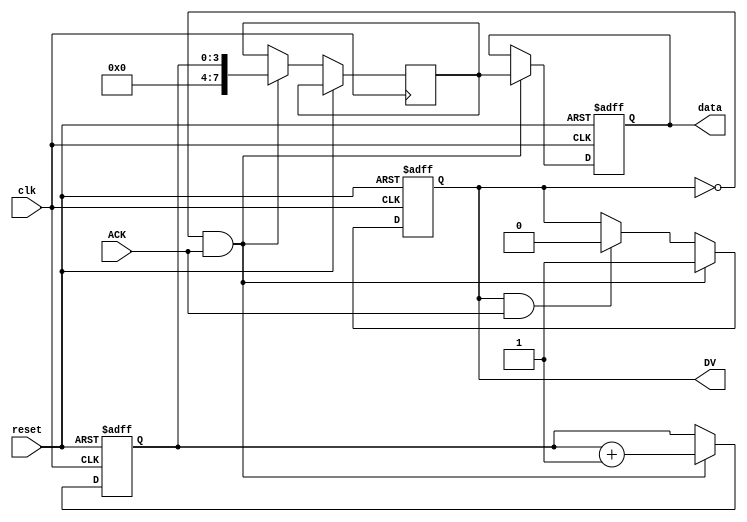
module producer (
    input wire clk,          // Clock for simulation purposes
    input wire reset,        // Asynchronous reset
    output reg [7:0] data,   // Data output to consumer
    output reg DV,           // Data Valid signal
    input wire ACK           // Acknowledgment signal from consumer
);

    reg [7:0] data_reg;      // Internal data register
    reg [3:0] counter;       // Counter for generating data

    always @(posedge clk or posedge reset) begin
        if (reset) begin
            counter <= 0;
            DV <= 0;
            data <= 8'b0;
        end else begin
            if (!DV && ACK) begin
                // Prepare new data
                data_reg <= counter; // Example data generation
                data <= data_reg;
                DV <= 1;             // Assert DV to indicate data is valid
                counter <= counter + 1; // Increment counter for next data
            end else if (DV && ACK) begin
                DV <= 0;             // De-assert DV after ACK received
            end
        end
    end
endmodule